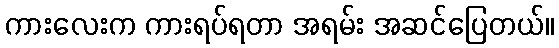
ကားလေးက ကားရပ်ရတာ အရမ်း အဆင်ပြေတယ်။